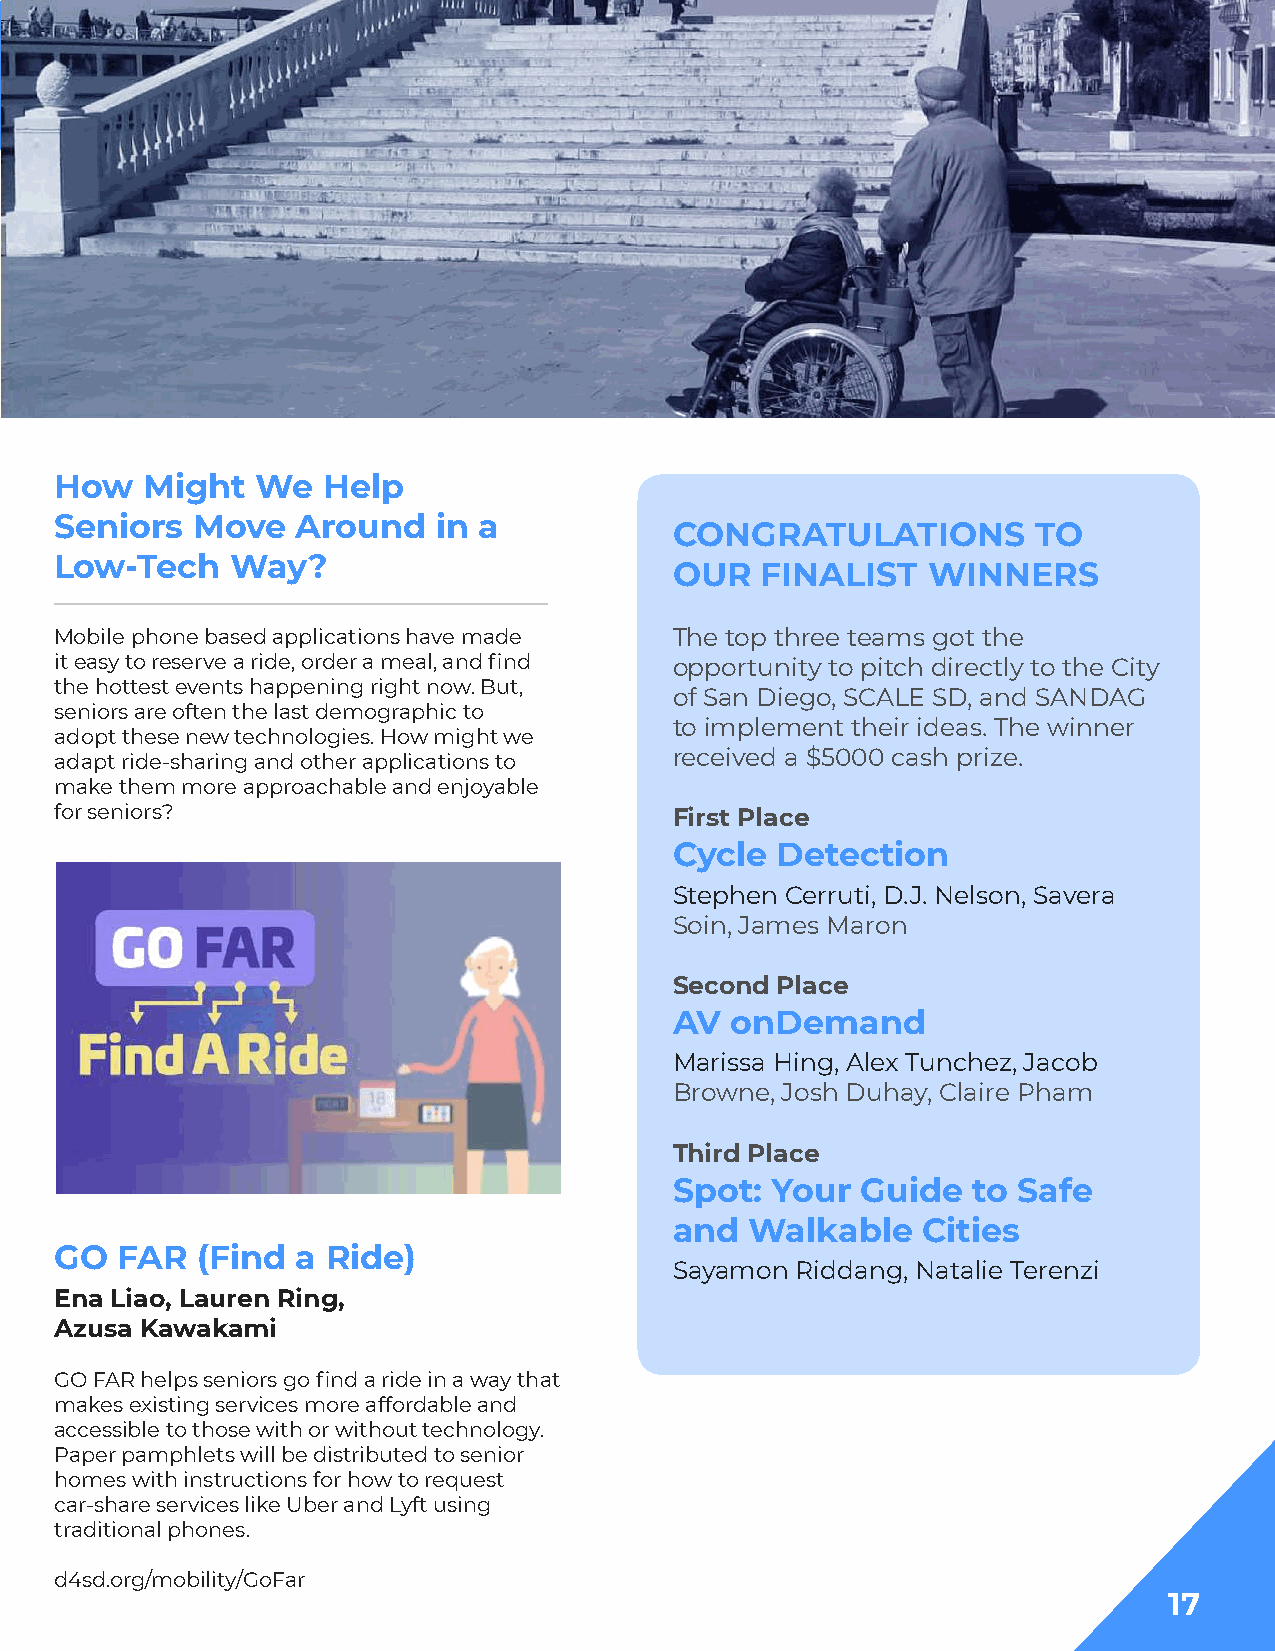
How  Might   We  Help
 Seniors  Move   Around   in a
 CONGRATULATIONS         TO
 Low-Tech   Way?
 OUR  FINALIST   WINNERS
 Mobile phone based applications have made The top three teams got the
 it easy to reserve a ride, order a meal, and find opportunity to pitch directly to the City
 the hottest events happening right now. But,
 of San Diego, SCALE SD, and SANDAG
 seniors are often the last demographic to
 to implement their ideas. The winner
 adopt these new technologies. How might we
 adapt ride-sharing and other applications to received a $5000 cash prize.
 make them more approachable and enjoyable
 for seniors?                             First Place
 Cycle Detection
 Stephen Cerruti, D.J. Nelson, Savera
 Soin, James Maron
 Second Place
 AV onDemand
 Marissa Hing, Alex Tunchez, Jacob
 Browne, Josh Duhay, Claire Pham
 Third Place
 Spot: Your  Guide  to Safe
 and  Walkable   Cities
 GO  FAR  (Find  a Ride)
 Sayamon Riddang, Natalie Terenzi
 Ena Liao, Lauren Ring,
 Azusa Kawakami
 GO FAR helps seniors go find a ride in a way that
 makes existing services more affordable and
 accessible to those with or without technology.
 Paper pamphlets will be distributed to senior
 homes with instructions for how to request
 car-share services like Uber and Lyft using
 traditional phones.
 d4sd.org/mobility/GoFar
 17